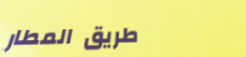
طريق المطار